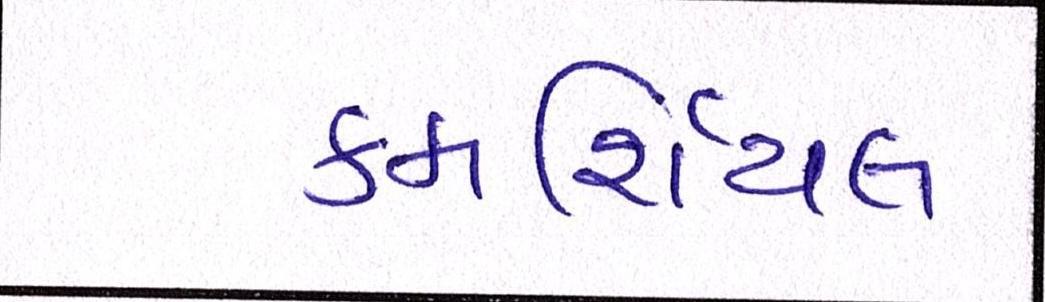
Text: કમર્શિયલ